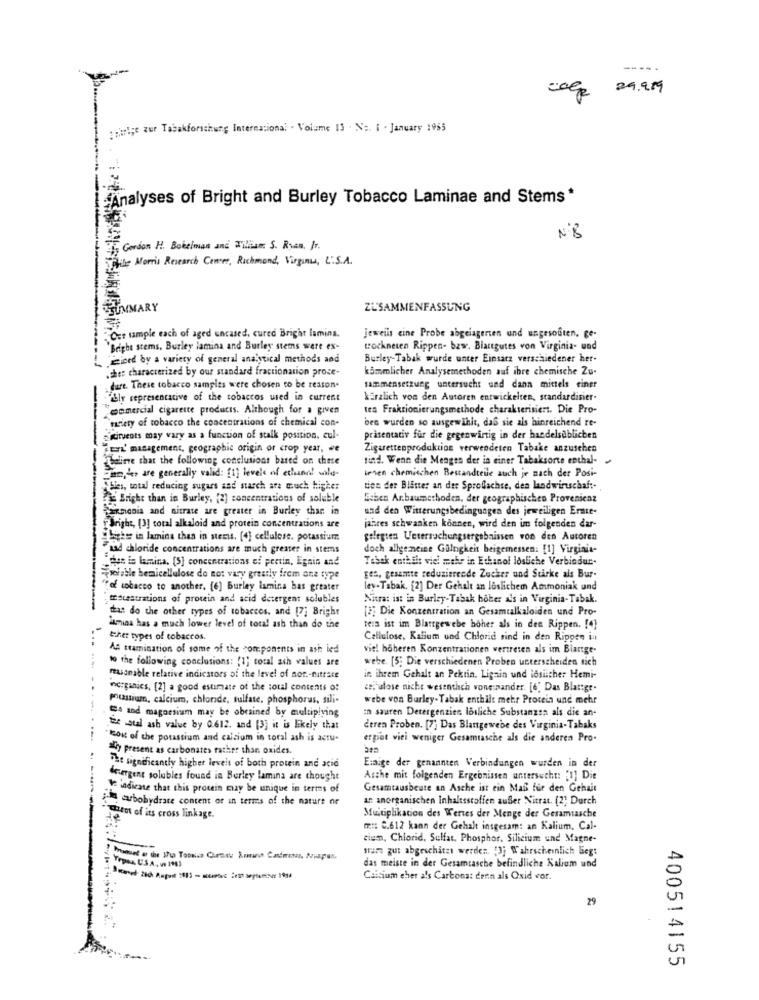
----.
coge 29.989
dirige zur Tabakforschung International . Volume IS . No. 1 . January 1955
Analyses of Bright and Burley Tobacco Laminae and Stems *
Nº8
Gordon H. Boksinan and Wiliam S. Ryan. fr.
While Morris Research Center, Richmond, Virginia, U.S.A.
SUMMARY
ZUSAMMENFASSUNG
Our sample each of aged encased, cured Bright lamina.
jeweils cine Probe abgelagerten und ungesoften, ge-
"Bright stems, Burley lamina and Burley stets were ex-
trockneten Rippen- bzw. Blattgutes von Virginia- und
Diced by a variety of general analytical methods and
Burley-Tabak wurde unter Einsatz verschiedener her-
.ches characterized by our standard fractionation proce-
kammlicher Analysemethoden auf ibre chemische Zu-
dure. These tobacco samples were chosen to be reason.
sammensetzung untersucht und dann mittels einer
Bly representative of the tobaccos used in current
kürzlich von den Autoren entwickelten, standardisier-
comercial cigarette products. Although for a given
ten Fraktionierungsmethode charakterisiert. Die Pro-
"variety of tobacco the concentrations of chemical con-
ben wurden so ausgewählt, das sie als hinreichend re-
soirvents may vary as a function of stalk position, cul
präsentativ für die gegenwärtig in der handelsüblichen
Zur' management, geographic origin or crop year, we
Zigarettenproduktion verwendeten Tabake anzusehen
Talinve that the following conclusions based on chese
tind. Wenn die Mengen der in einer Tabaksorte enthal-
am ,, are generally valid: [1] levels of echunnit wile
when chemischen Bestandteile auch je nach der Posi-
ties, total reducing sugars and starch are much higher
tien der Blätter an der Sprofachse, dea landwirtschaft-
Bright than in Burley, (2) concentrations of soluble
Schen Anbaumethoden, der geographischen Provenienz
Harmonia and nitrate are greater in Burley than in
und den Witterungsbedingungen des jeweiligen Erate-
Bright, [3] total alkaloid and protein concentrations are
jahres schwanken können, wird den im folgenden dar-
Light in lamina then in stemus. [4] cellulose, potassium
gelegten Untersuchungsergebnissen von den Autoren
Fiad chloride concentrations are much greater in stems
doch allgemeine Gulngkeit beigemessen: [1] Virginia-
"des is lamina. [S] concentrations of pertin, Egain and
Tabak enthält viel mehr in Ethanol losliche Verbindur.
seiable bemicellulose do no: vary greatly from one type
ges, gesamte reduzierende Zucker und Sticke als Bur-
"of tobacco to another. [6] Burley lamina bas greater
ley - Tabak. [2] Der Gehalt an loslichem Ammoniak und
mEstestrations of protein and acid detergent solubles
Nitrat ist in Burley-Tabak bober als in Virginia-Tabak.
das do the other types of tobaccos. and [7] Bright
[3] Die Konzentration an Gesamtalkaloiden und Pro-
lumiaa has a much lower level of total ash than do the
tess ist im Blattgewebe boher als in den Rippen. [4]
ther types of tobaccos.
Cellulose, Kalium und Chlorid sind in den Rippen in
An tramination of some of the components in ash led
viel höheren Konzentrationen vertreten als im Biarrge-
to the following conclusions: {1} total ach values are
webe. [5; Die verschiedenen Proben unterscheiden sich
masonable relative indicators of the level of non-natrace
in ihrem Gehalt an Pektin. Ligain und tosicher Hemi-
organics, [2] a good estimate of the total contents of
celulose nicht wesentlich voneinander. [6" Das Blattge-
potassium, calcium, chloride, fulfate, phosphorus, sili-
webe von Burley- Tabak enthil: mehr Protein und mehr
--
in sauren Detergenzien losliche Substanzen als die an-
5. and magnesium may be obtained by multiplying
the stal ash value by 0612. and [3] it is likely that
deren Proben. [7] Das Blangewebe des Virginia-Tabaks
"kost of the potassium and calcium in toral ash is actu-
erpat viel weniger Gesamtasche als die anderen Pro-
dly present as carbonates rather than oxides.
Einige der genannten Verbindungen wurden in der
The significantly higher levels of both protein and acid
detergent solubles found in Berley lamina are thought
Asche mit folgenden Ergebnissen untersucht: [1] Die
indicate that this protein may be unique in terms of
Gesamtausbeute an Asche ist ein Mal fur den Gehalt
the carbohydrate content or in terms of the nature ne
an anorganischen Inhaltsstoffen außer Nitrat. (2) Durch
San of its cross linkage.
Multiplikation des Wertes der Menge der Gesamtasche
m ::: 2.612 kann der Gehalt insgesam: an Kalium, Cal-
cium, Chlorid, Sulfat, Phosphor. Silicium und Magne-
sur gut abgeschatzt werden. "3; Wahrscheinlich liegt
Trosa USA, w 198)
das meiste in der Gesamtasche befindliche Kalium und
Calcium eher als Carbonat denn als Oxid vor.
29
400514155